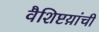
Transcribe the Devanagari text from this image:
वैशिष्टय़ांची